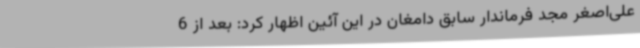
علی‌اصغر مجد فرماندار سابق دامغان در این آئین اظهار کرد: بعد از 6